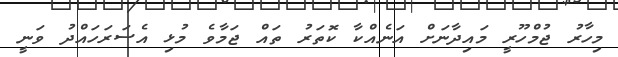
މިހާރު ޖުމްހޫރީ މައިދާނަށް އަނެއްކާ ކޮތަރު ތައް ޖަމާވެ މުޅި އެސަރަހައްދު ވަނީ